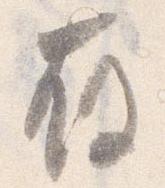
存